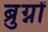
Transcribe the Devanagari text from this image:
ब्रुग्नों